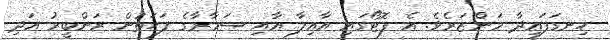
ހިނގަފައިދާ މަންޒަރެވެ. އެ ފޮޓޯގައި އާއިލާ އާއި ސަމާރާގެ ފަހަތުން ރަންބީރު އަދި